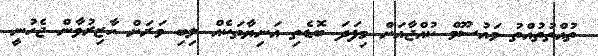
ތުއްތުތުއްތު މައުސޫމް ކުއްޖާއަށް މިފަދަ ބޮޑެތި އަނިޔާތަކެއް ލިބި މަރަށް ހާޒިރުވާން ޖެހުނީ